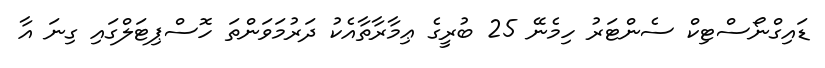
ޑައިގްނޯސްޓިކް ސެންޓަރު ހިމެނޭ 25 ބުރީގެ ޢިމާރާތާއެކު ދަރުމަވަންތަ ހޮސްޕިޓަލްގައި ގިނަ އާ